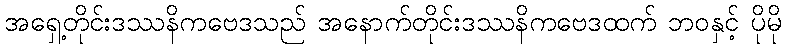
အရှေ့တိုင်းဒဿနိကဗေဒသည် အနောက်တိုင်းဒဿနိကဗေဒထက် ဘဝနှင့် ပိုမို